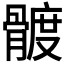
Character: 𩩮